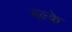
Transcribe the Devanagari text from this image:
बल्के